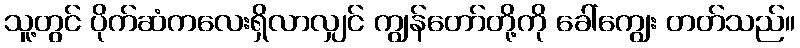
သူ့တွင် ပိုက်ဆံကလေးရှိလာလျှင် ကျွန်တော်တို့ကို ခေါ်ကျွေး တတ်သည်။